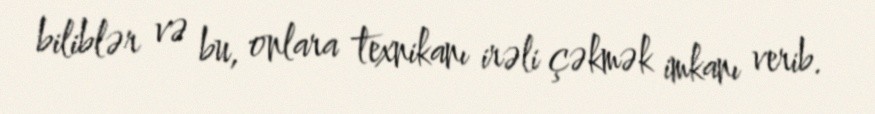
biliblər və bu, onlara texnikanı irəli çəkmək imkanı verib.